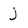
Character: j